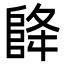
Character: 𮥃